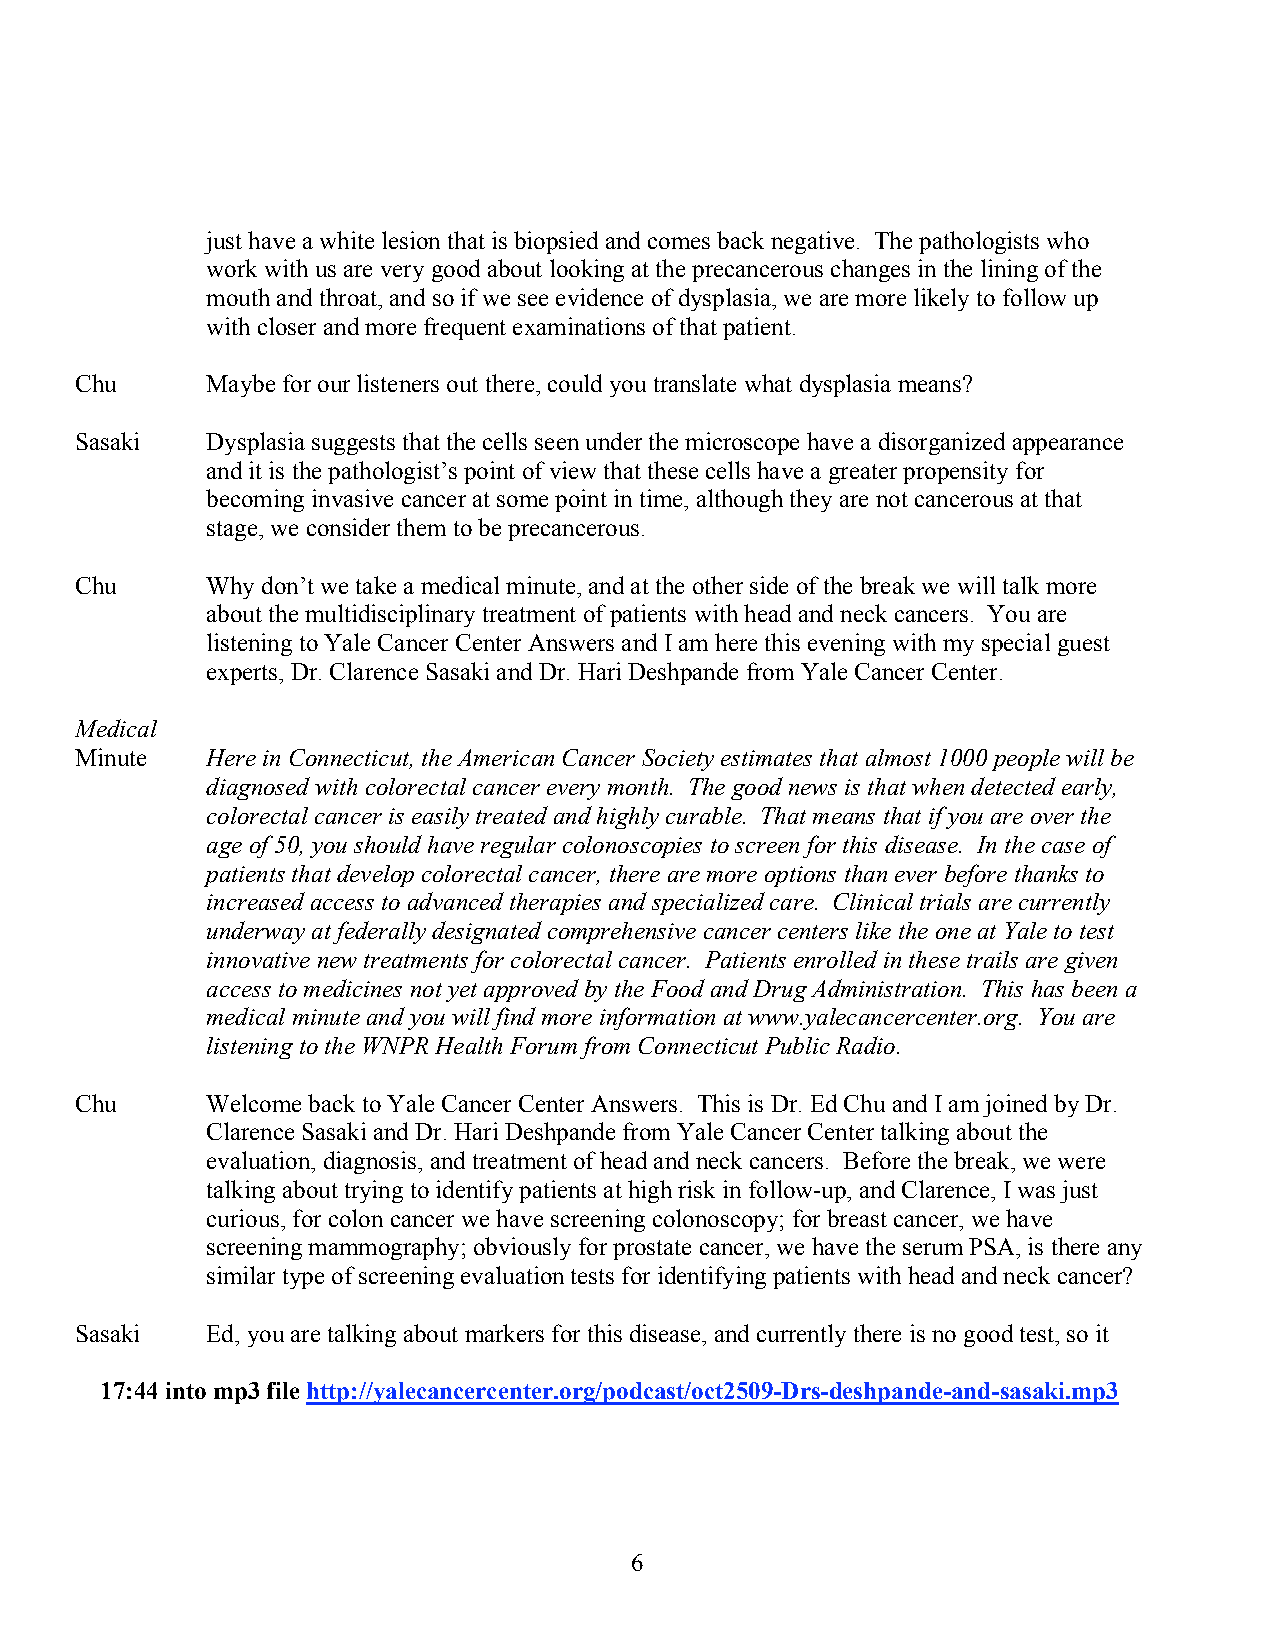
just have a white lesion that is biopsied and comes back negative. The pathologists who
 work with us are very good about looking at the precancerous changes in the lining of the
 mouth and throat, and so if we see evidence of dysplasia, we are more likely to follow up
 with closer and more frequent examinations of that patient.
 Chu      Maybe for our listeners out there, could you translate what dysplasia means?
 Sasaki   Dysplasia suggests that the cells seen under the microscope have a disorganized appearance
 and it is the pathologist’s point of view that these cells have a greater propensity for
 becoming invasive cancer at some point in time, although they are not cancerous at that
 stage, we consider them to be precancerous.
 Chu      Why don’t we take a medical minute, and at the other side of the break we will talk more
 about the multidisciplinary treatment of patients with head and neck cancers. You are
 listening to Yale Cancer Center Answers and I am here this evening with my special guest
 experts, Dr. Clarence Sasaki and Dr. Hari Deshpande from Yale Cancer Center.
 Medical
 Minute   Here in Connecticut, the American Cancer Society estimates that almost 1000 people will be
 diagnosed with colorectal cancer every month. The good news is that when detected early,
 colorectal cancer is easily treated and highly curable. That means that if you are over the
 age of 50, you should have regular colonoscopies to screen for this disease. In the case of
 patients that develop colorectal cancer, there are more options than ever before thanks to
 increased access to advanced therapies and specialized care. Clinical trials are currently
 underway at federally designated comprehensive cancer centers like the one at Yale to test
 innovative new treatments for colorectal cancer. Patients enrolled in these trails are given
 access to medicines not yet approved by the Food and Drug Administration. This has been a
 medical minute and you will find more information at www.yalecancercenter.org. You are
 listening to the WNPR Health Forum from Connecticut Public Radio.
 Chu      Welcome back to Yale Cancer Center Answers. This is Dr. Ed Chu and I am joined by Dr.
 Clarence Sasaki and Dr. Hari Deshpande from Yale Cancer Center talking about the
 evaluation, diagnosis, and treatment of head and neck cancers. Before the break, we were
 talking about trying to identify patients at high risk in follow-up, and Clarence, I was just
 curious, for colon cancer we have screening colonoscopy; for breast cancer, we have
 screening mammography; obviously for prostate cancer, we have the serum PSA, is there any
 similar type of screening evaluation tests for identifying patients with head and neck cancer?
 Sasaki   Ed, you are talking about markers for this disease, and currently there is no good test, so it
 17:44 into mp3 file http://yalecancercenter.org/podcast/oct2509-Drs-deshpande-and-sasaki.mp3
 6